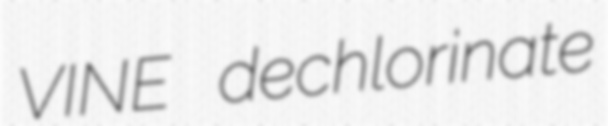
VINE dechlorinate